Language: tamil
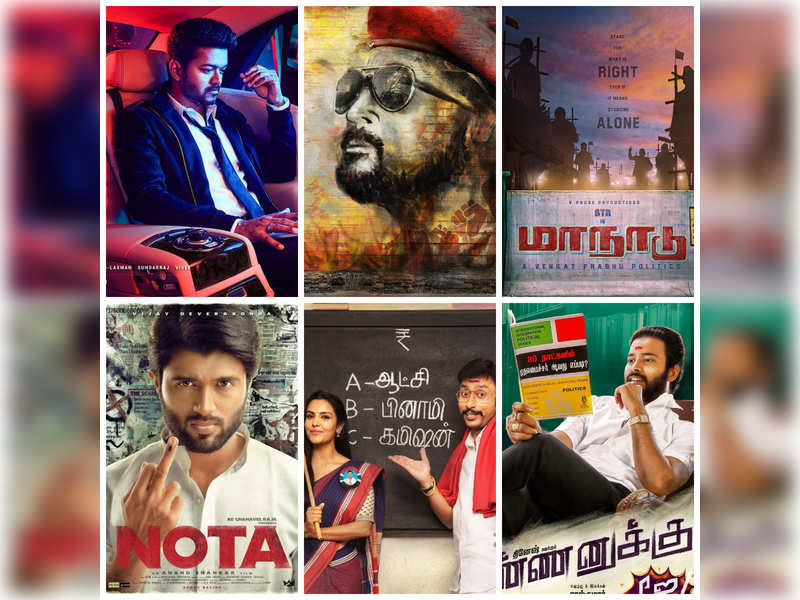
Transcription: வது எப்படி மாநாடு ஆட்சி பினாமி கமிஷன் பார்